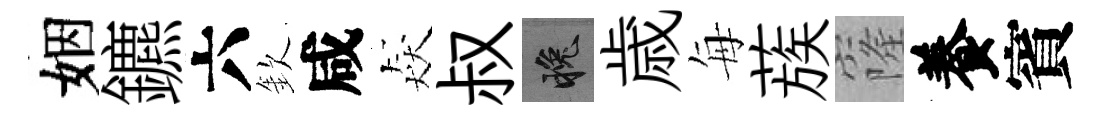
姻鑣六欽咸猋叔晚歳每蔟窿養賓